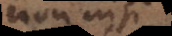
non nisi